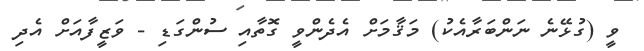
ވީ (ގުޅޭނެ ނަންބަރާއެކު) މަޤާމަށް އެދެންވީ ގޮތާއި ސުންގަޑި - ވަޒީފާއަށް އެދި